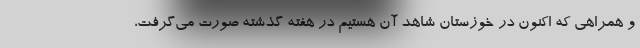
و همراهی که اکنون در خوزستان شاهد آن هستیم در هفته گذشته صورت می‌گرفت،